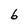
Character: 6